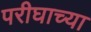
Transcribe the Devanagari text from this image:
परीघाच्या